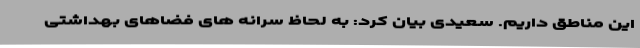
این مناطق داریم. سعیدی بیان کرد: به لحاظ سرانه های فضاهای بهداشتی